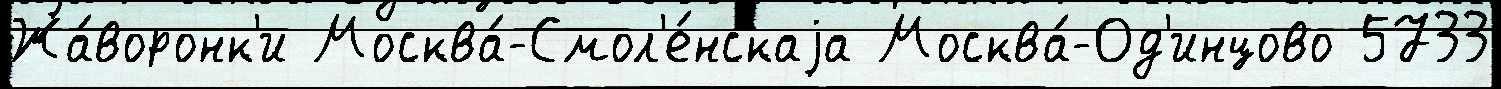
Жа́воронк'и Москва́-Смол'е́нскаjа Москва́-Од'инцово 5733